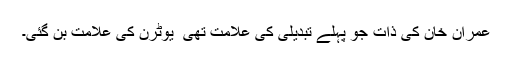
عمران خان کی ذات جو پہلے تبدیلی کی علامت تھی ٗ یوٹرن کی علامت بن گئی۔